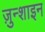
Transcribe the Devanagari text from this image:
ज़ुन्शाइन